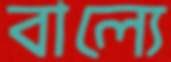
বাল্যে